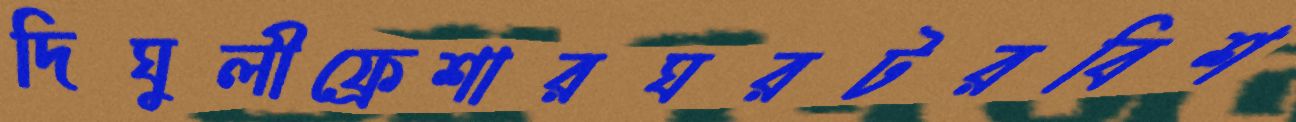
দিঘুলীফ্রেশারঘরটরবিশ